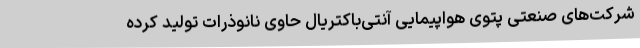
شرکت‌های صنعتی پتوی هواپیمایی آنتی‌باکتریال حاوی نانوذرات تولید کرده